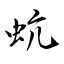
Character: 蚢